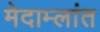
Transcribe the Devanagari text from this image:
मेदाम्लांत